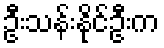
ဦးသန်းနိုင်ဦးက